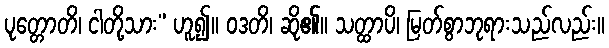
ပုတ္တောတိ၊ ငါတို့သား” ဟူ၍။ ဝဒတိ၊ ဆို၏။ သတ္ထာပိ၊ မြတ်စွာဘုရားသည်လည်း။